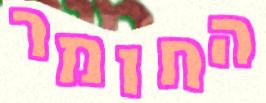
החומר